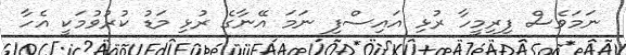
ނަމަވެސް ފިރިމީހާ ރުޅި އައިސްފި ނަމަ އޭނާގެ ރުޅި މަޑު ކުރުވުމަކީ އެހާ